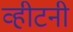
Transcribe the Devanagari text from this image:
व्हीटनी